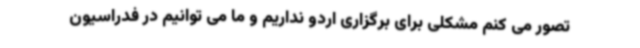
تصور می کنم مشکلی برای برگزاری اردو نداریم و ما می توانیم در فدراسیون